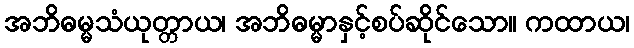
အဘိဓမ္မသံယုတ္တာယ၊ အဘိဓမ္မာနှင့်စပ်ဆိုင်သော။ ကထာယ၊